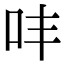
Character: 㕩